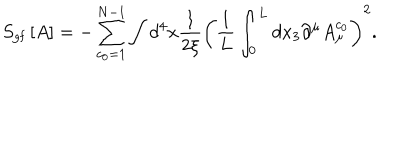
LaTeX: S _ { \mathrm { g f } } \left[ A \right] = - \sum _ { c _ { 0 } = 1 } ^ { N - 1 } \int d ^ { 4 } x \frac { 1 } { 2 \xi } \left( \frac { 1 } { L } \int _ { 0 } ^ { L } d x _ { 3 } \partial ^ { \mu } A _ { \mu } ^ { c _ { 0 } } \right) ^ { 2 } .